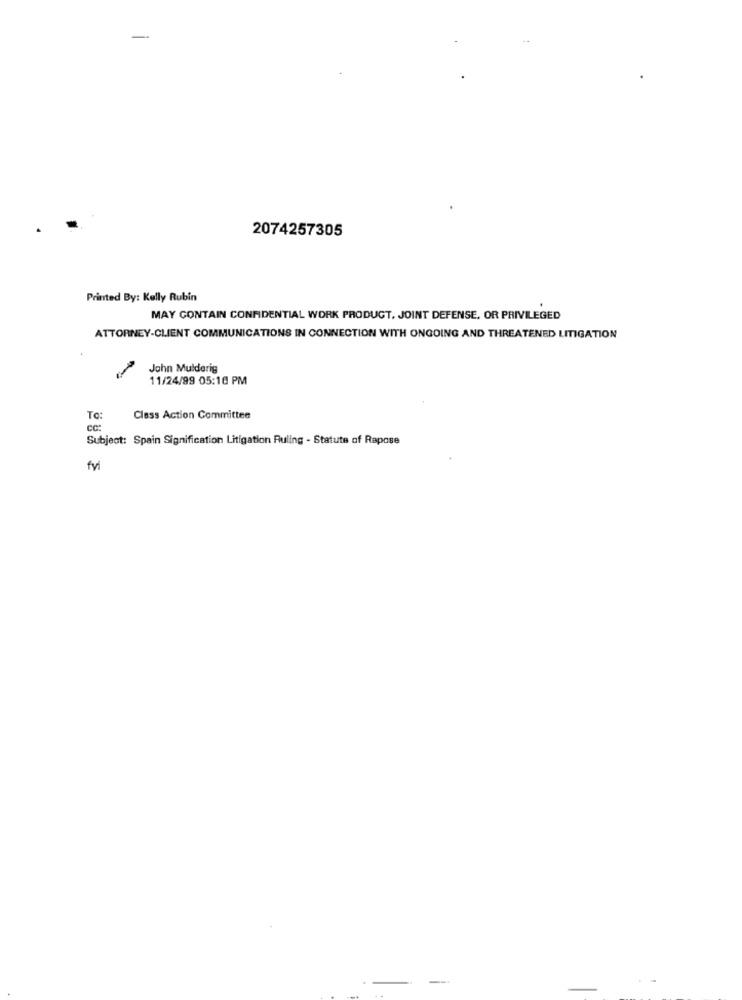
-
2074257305
Printed By: Kelly Rubin
MAY CONTAIN CONFIDENTIAL WORK PRODUCT, JOINT DEFENSE, OR PRIVILEGED
ATTORNEY-CLIENT COMMUNICATIONS IN CONNECTION WITH ONGOING AND THREATENED LITIGATION
John Mulderig
11/24/99 05:10 PM
To:
Class Action Committee
CC:
Subject: Spain Signification Litigation Ruling - Statute of Rapose
fyi